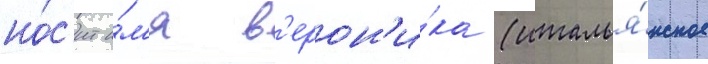
но́с'ит и́м'я в'ерон'и́ка (италья́нское